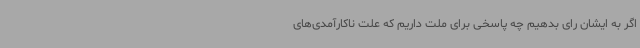
اگر به ایشان رای بدهیم چه پاسخی برای ملت داریم که علت ناکارآمدی‌های